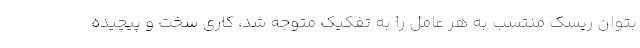
بتوان ریسک منتسب به هر عامل را به تفکیک متوجه شد، کاری سخت و پیچیده